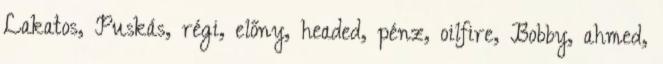
Lakatos, Puskás, régi, előny, headed, pénz, oilfire, Bobby, ahmed,